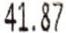
41.87